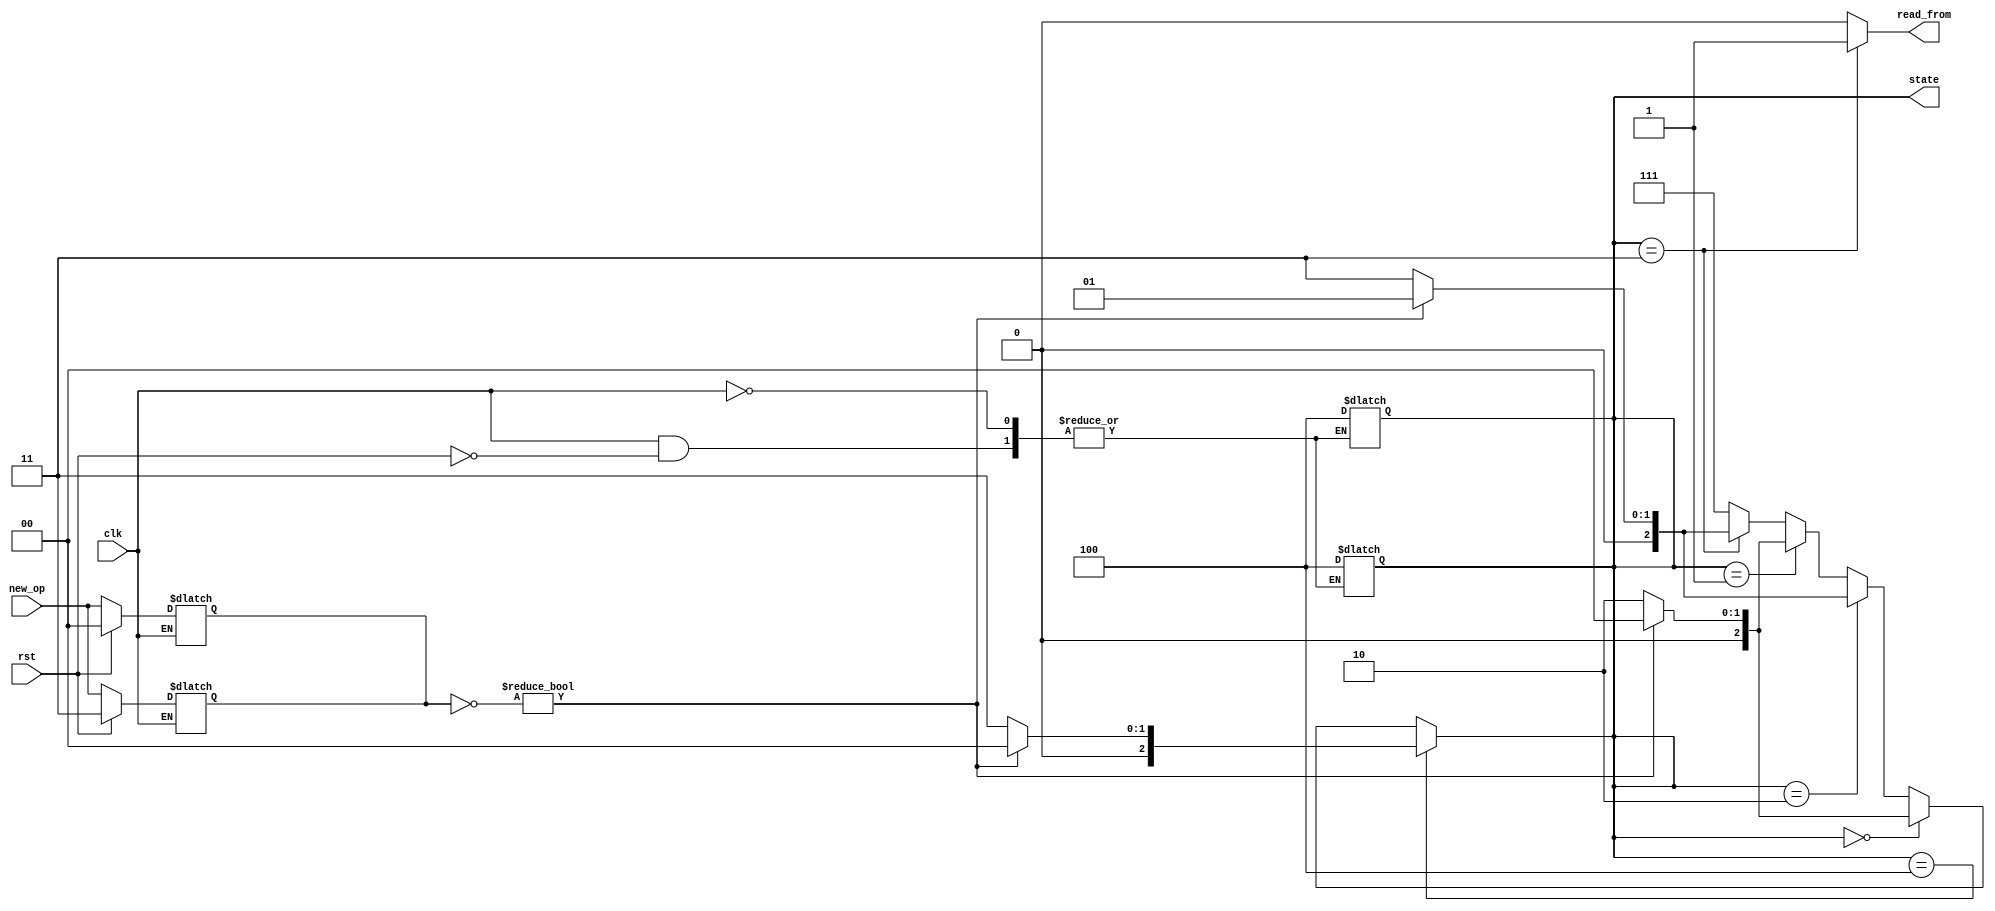
module	data_FSM_controller(
	// input
	clk, rst, new_op, 
	// output
	read_from, state
	);
	/*********** Signal Declairation **********/
	/****** Parameter *****/
	// FSM State
	localparam 	RAR  	= 3'b00;
	localparam 	RAW 	= 3'b01;
	localparam 	WAR  	= 3'b10;
	localparam 	WAW		= 3'b11;
	localparam	INIT 	= 3'b100;
	localparam	UNDEF	= 3'b111;
	// Read_from port
	localparam	CACHE 	= 0; 
	localparam	DIN		= 1;
	// Operatoin type
	localparam	RD	 	= 2'b0;
	localparam	WR	 	= 2'b1;
	localparam	NOOP	= 2'b11;

	/****** Interface Signal ******/
	// input
	input 	clk;
	input 	rst;
	input	[1:0]	new_op;
//	input	bus_status;

	// output
	output 	read_from;
	output	[2:0]	state;
	reg		[2:0]	state;	// [00] RAR [01] RAW [10] WAR [11] WAW
							// [100] Initial state [101-111] Undefined
	/****** Internal  ******/
	// register 
	reg		[1:0]	op;		// [0] Read [1]  Write
	reg		read_direction;	// [0] din	[1]	 data bus
	// wire
	// Assign
	assign read_from = read_direction;

	/*********** Implementation ***********/
	/****** Fetch operation ******/
	always @ ( clk ) begin
		if(clk) begin
			if(rst) begin
				op 		<= NOOP;
				state	<= INIT;
			end
			else begin
				op <= new_op;
			end
		end
	end
	/******	 ******/
	always @ ( clk ) begin
		if(clk) begin
			if(rst) begin
				op 		<= INIT;
				state	<= INIT;
			end
			else begin
				op <= new_op;
			end
		end
	end

	/****** FSM *******/
	// ~op = read / op = write
	always @ ( op ) begin
		if( state == INIT ) begin
			if( ~op )	state <= RAR;
			else		state <= WAW;
		end
		else if( state == RAR ) begin
			if( ~op )	state <= RAR;
			else		state <= WAR;
		end
		else if( state == WAR ) begin
			if( ~op )	state <= RAW;
			else		state <= WAW;
		end
		else if( state== RAW ) begin
			if( ~op )	state <= RAR;
			else		state <= WAR;			
		end
		else if( state== WAW ) begin
			if( ~op )	state <= RAW;
			else		state <= WAW;			
		end
		else
			state <= UNDEF;
	end

	/*  */
	always @ ( * ) begin
		case( state ) 
		RAR:	read_direction <= CACHE;
		WAR:	read_direction <= CACHE;	// [I] Give the priority to cache. Postpone the write instructino. Can have different implementation 
		RAW:	read_direction <= CACHE;	// data available after two cycle but makes no different to the processor as availability is indicate by hit.
		WAW:	read_direction <= DIN;
		default:read_direction <= CACHE;
		endcase
	end

endmodule